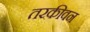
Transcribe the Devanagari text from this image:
तरकीवन